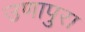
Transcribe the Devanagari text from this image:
उणापुरा